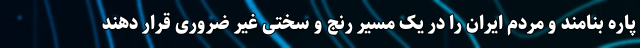
پاره بنامند و مردم ایران را در یک مسیر رنج و سختی غیر ضروری قرار دهند